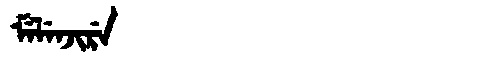
Manchu: ᠮᡝᠯᡝᠨᠵᡳᡵᡝ
Romanization: MELENJIRE